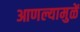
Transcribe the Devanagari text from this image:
आणल्यामुळें